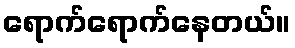
ရောက်ရောက်နေတယ်။